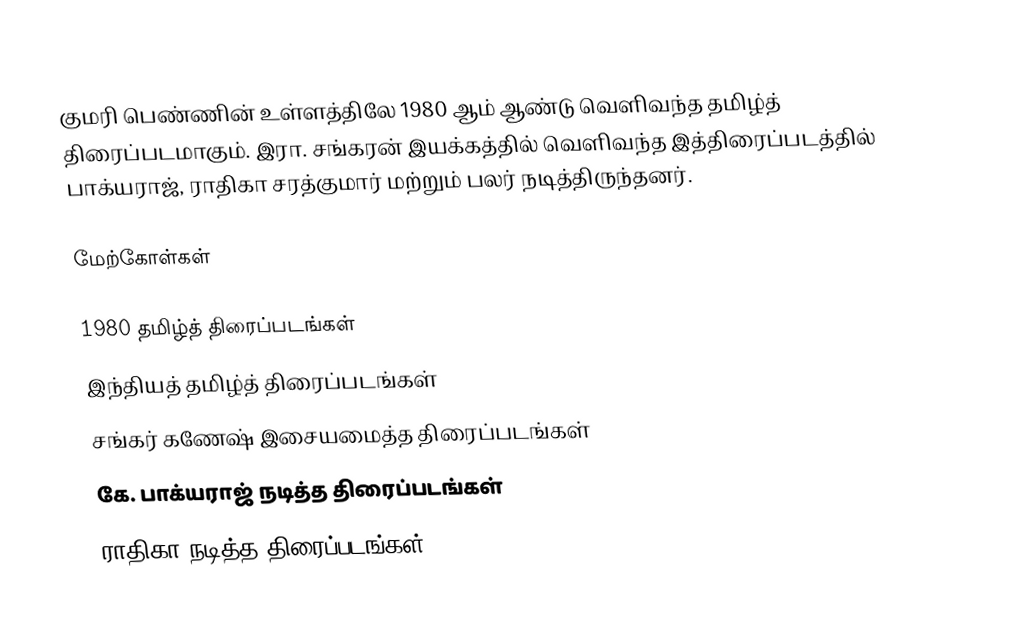
குமரி பெண்ணின் உள்ளத்திலே 1980 ஆம் ஆண்டு வெளிவந்த தமிழ்த் திரைப்படமாகும். இரா. சங்கரன் இயக்கத்தில் வெளிவந்த இத்திரைப்படத்தில் பாக்யராஜ், ராதிகா சரத்குமார் மற்றும் பலர் நடித்திருந்தனர்.

மேற்கோள்கள்

1980 தமிழ்த் திரைப்படங்கள்
இந்தியத் தமிழ்த் திரைப்படங்கள்
சங்கர் கணேஷ் இசையமைத்த திரைப்படங்கள்
கே. பாக்யராஜ் நடித்த திரைப்படங்கள்
ராதிகா நடித்த திரைப்படங்கள்